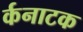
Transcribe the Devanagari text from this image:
र्कनाटक